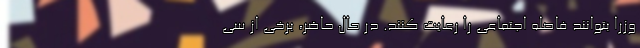
وزرا بتوانند فاصله اجتماعی را رعایت کنند. در حال حاضر، برخی از سی